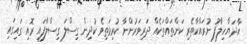
އާދަޔާހިލާފު ނުރައްކާތެރި ކަންތައްތަކެއް ދަރިވަރުންނާ ކުރިމަތިވެ ކުދިން ގިސްލަ ގިސްލާފައި ރޮއި ގައިގައި